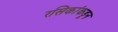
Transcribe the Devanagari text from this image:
रसिकांकडून